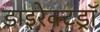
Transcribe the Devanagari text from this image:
डाइरेक्टड्रॉ